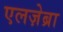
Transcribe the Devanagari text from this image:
एलज़ेब्रा